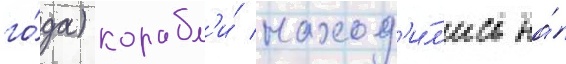
го́да) корабл'и́ наход'и́л'ись на́